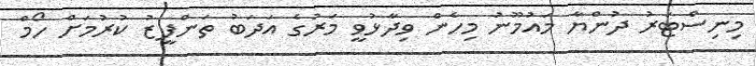
މިނިސްޓަރު ދުންޔާ މައުމޫނު މިހެން ވިދާޅުވީ މަރުގެ އަދަބު ތަންފީޒު ކުރުމަށް ހޯމް